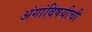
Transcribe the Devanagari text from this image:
अंगांविषयीची